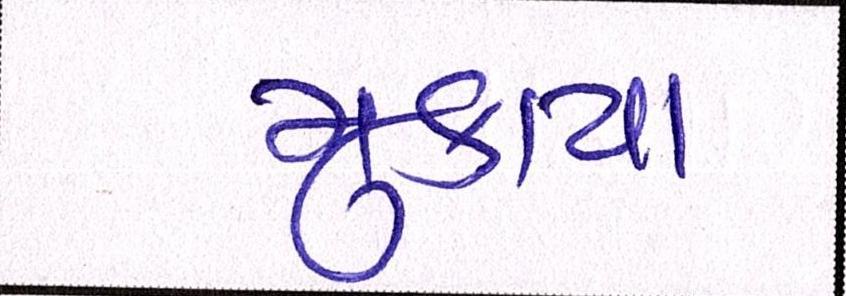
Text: મુકાયા